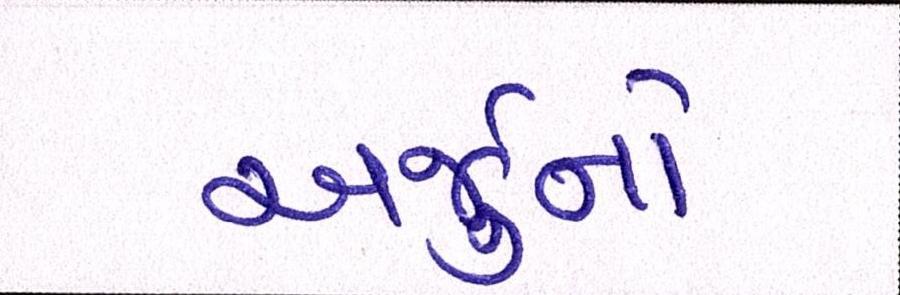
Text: અર્જુનો